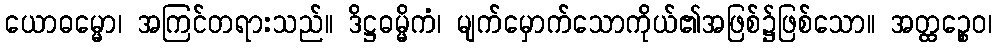
ယောဓမ္မော၊ အကြင်တရားသည်။ ဒိဋ္ဌဓမ္မိကံ၊ မျက်မှောက်သောကိုယ်၏အဖြစ်၌ဖြစ်သော။ အတ္ထဉ္စေဝ၊